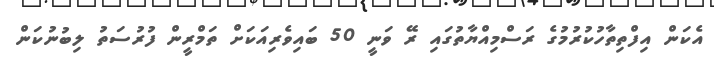
އެކަން އިފްތިތާހުކުރުމުގެ ރަސްމިއްޔާތުގައި ރޭ ވަނީ 50 ބައިވެރިއަކަށް ތަމްރީން ފުރުސަތު ލިބުނުކަން